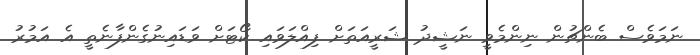
ނަމަވެސް ބެންޗުން ނިންމެވީ ނަޝީދު ޝަރީއަތަށް ފިއްލަވައި ކޯޓަށް ވަޑައިނުގެންފާނެތީ އެ އަމުރު